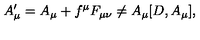
A _ { \mu } ^ { \prime } = A _ { \mu } + f ^ { \mu } F _ { \mu \nu } \not = A _ { \mu } [ D , A _ { \mu } ] ,